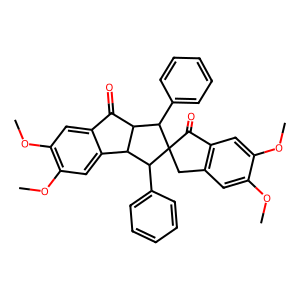
SMILES: COc1cc2c(cc1OC)C(=O)C1(C2)C(c2ccccc2)C2C(=O)c3cc(OC)c(OC)cc3C2C1c1ccccc1
Inhibits HIV replication: No